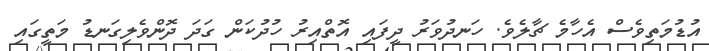
އުޑުމަތިވެސް އެހާމެ ޗާލެވެ. ހަނދުވަރު ދީފައި އޮތްއިރު ހުދުކަން ގަދަ ދޮންވެލިގަނޑު މަތީގައި